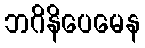
ဘဂိနိပေမေန